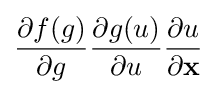
{\frac {\partial f(g)}{\partial g}}{\frac {\partial g(u)}{\partial u}}{\frac {\partial u}{\partial \mathbf {x} }}